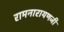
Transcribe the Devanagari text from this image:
रामनारायणजी